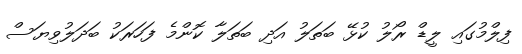
ފިލްމުގައި ލީޑް ރޯލު ކުޅޭ ބަތަލު އަދި ބަތަލާ ކޮންމެ ފަހަރަކު ބަދަލުވިޔަސް